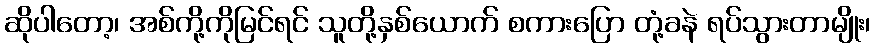
ဆိုပါတော့၊ အစ်ကို့ကိုမြင်ရင် သူတို့နှစ်ယောက် စကားပြော တုံ့ခနဲ ရပ်သွားတာမျိုး၊